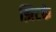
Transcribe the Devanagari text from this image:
झिटके